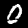
Label: 0